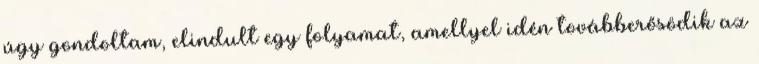
úgy gondoltam, elindult egy folyamat, amellyel idén továbberősödik az